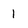
Character: 1